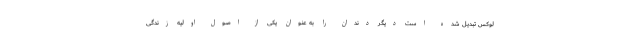
لوکس تبدیل شده است دیگر دندان را به عنوان یکی از اصول اولیه زندگی